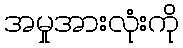
အမှုအားလုံးကို